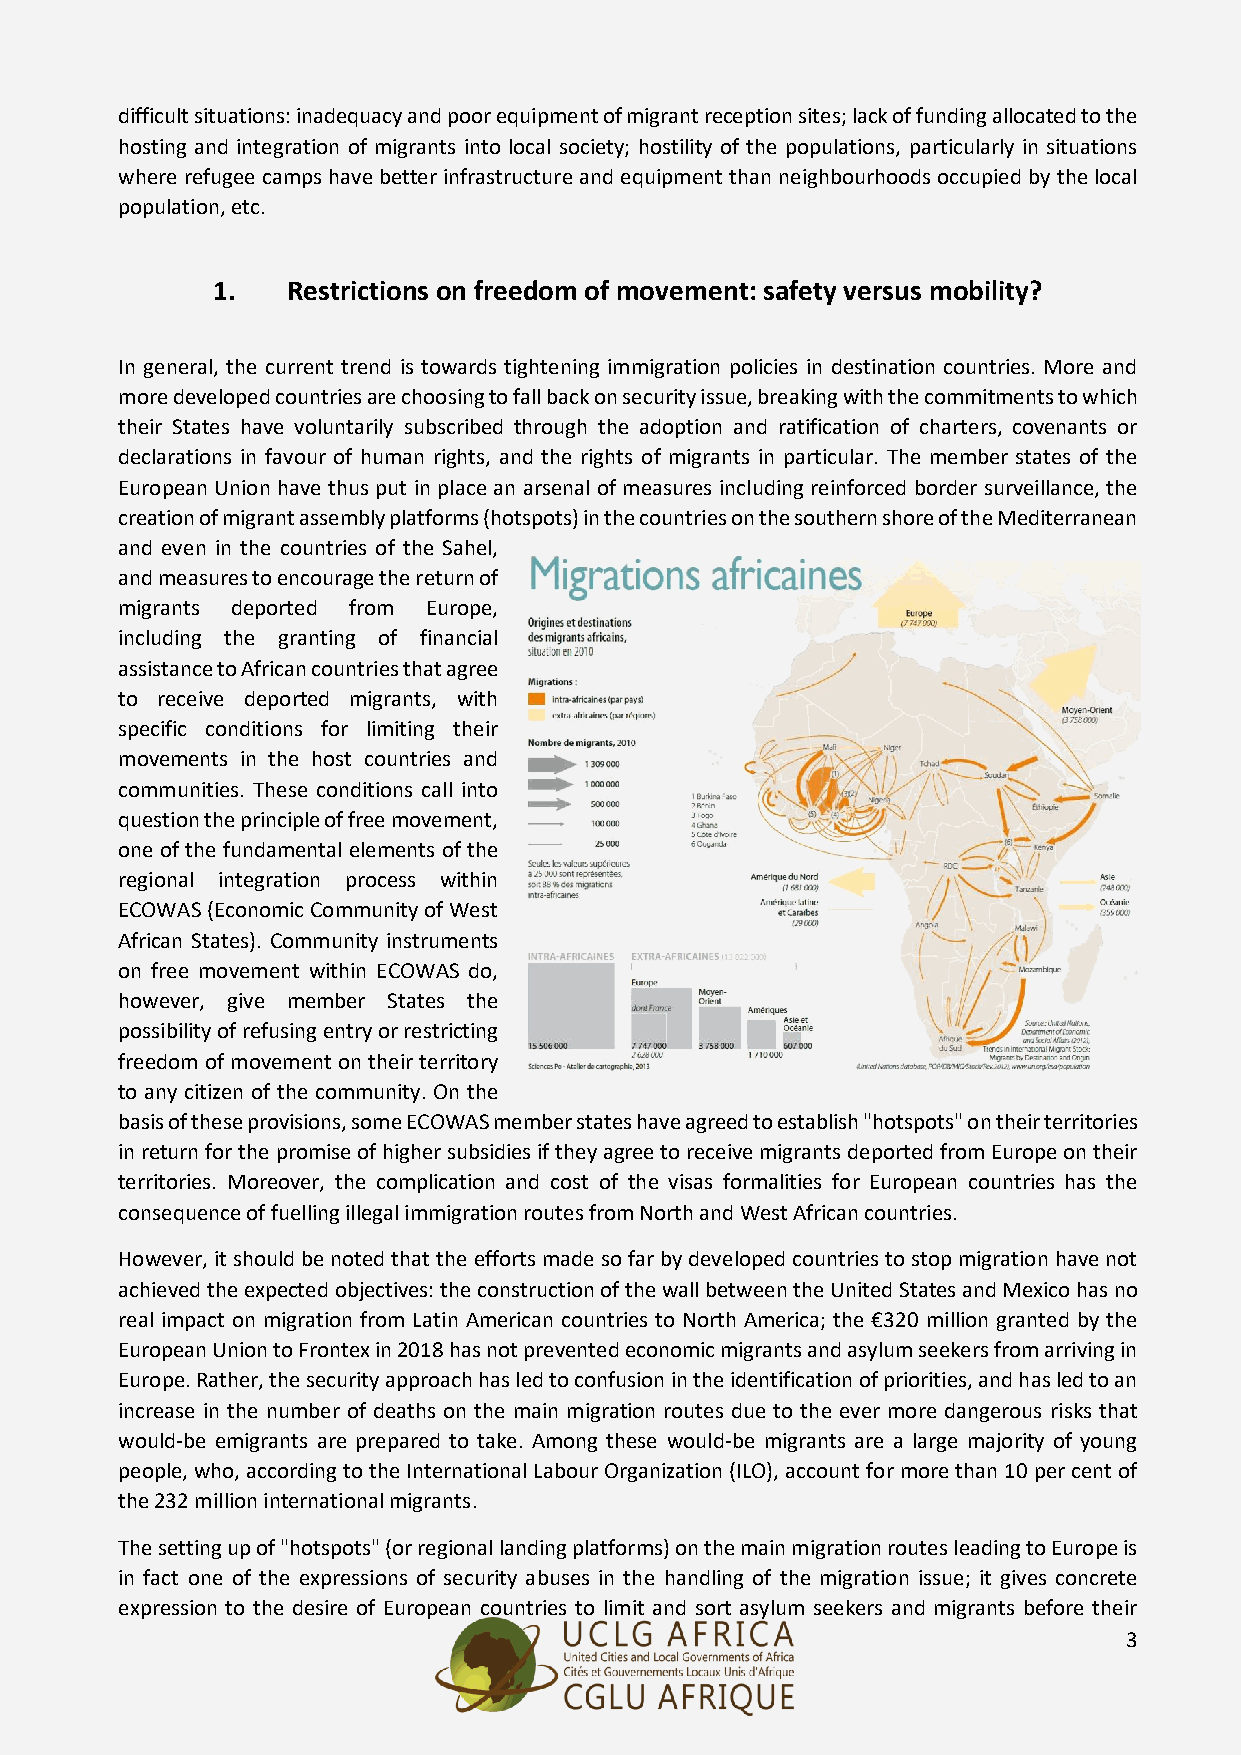
difficult situations: inadequacy and poor equipment of migrant reception sites; lack of funding allocated to the
 hosting and integration of migrants into local society; hostility of the populations, particularly in situations
 where refugee camps have better infrastructure and equipment than neighbourhoods occupied by the local
 population, etc.
 1.   Restrictions on freedom of movement: safety versus mobility?
 In general, the current trend is towards tightening immigration policies in destination countries. More and
 more developed countries are choosing to fall back on security issue, breaking with the commitments to which
 their States have voluntarily subscribed through the adoption and ratification of charters, covenants or
 declarations in favour of human rights, and the rights of migrants in particular. The member states of the
 European Union have thus put in place an arsenal of measures including reinforced border surveillance, the
 creation of migrant assembly platforms (hotspots) in the countries on the southern shore of the Mediterranean
 and even in the countries of the Sahel,
 and measures to encourage the return of
 migrants deported from Europe,
 including the granting of financial
 assistance to African countries that agree
 to receive deported migrants, with
 specific conditions for limiting their
 movements in the host countries and
 communities. These conditions call into
 question the principle of free movement,
 one of the fundamental elements of the
 regional integration process within
 ECOWAS (Economic Community of West
 African States). Community instruments
 on free movement within ECOWAS do,
 however, give member States the
 possibility of refusing entry or restricting
 freedom of movement on their territory
 to any citizen of the community. On the
 basis of these provisions, some ECOWAS member states have agreed to establish "hotspots" on their territories
 in return for the promise of higher subsidies if they agree to receive migrants deported from Europe on their
 territories. Moreover, the complication and cost of the visas formalities for European countries has the
 consequence of fuelling illegal immigration routes from North and West African countries.
 However, it should be noted that the efforts made so far by developed countries to stop migration have not
 achieved the expected objectives: the construction of the wall between the United States and Mexico has no
 real impact on migration from Latin American countries to North America; the €320 million granted by the
 European Union to Frontex in 2018 has not prevented economic migrants and asylum seekers from arriving in
 Europe. Rather, the security approach has led to confusion in the identification of priorities, and has led to an
 increase in the number of deaths on the main migration routes due to the ever more dangerous risks that
 would-be emigrants are prepared to take. Among these would-be migrants are a large majority of young
 people, who, according to the International Labour Organization (ILO), account for more than 10 per cent of
 the 232 million international migrants.
 The setting up of "hotspots" (or regional landing platforms) on the main migration routes leading to Europe is
 in fact one of the expressions of security abuses in the handling of the migration issue; it gives concrete
 expression to the desire of European countries to limit and sort asylum seekers and migrants before their
 3